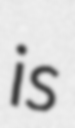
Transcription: is